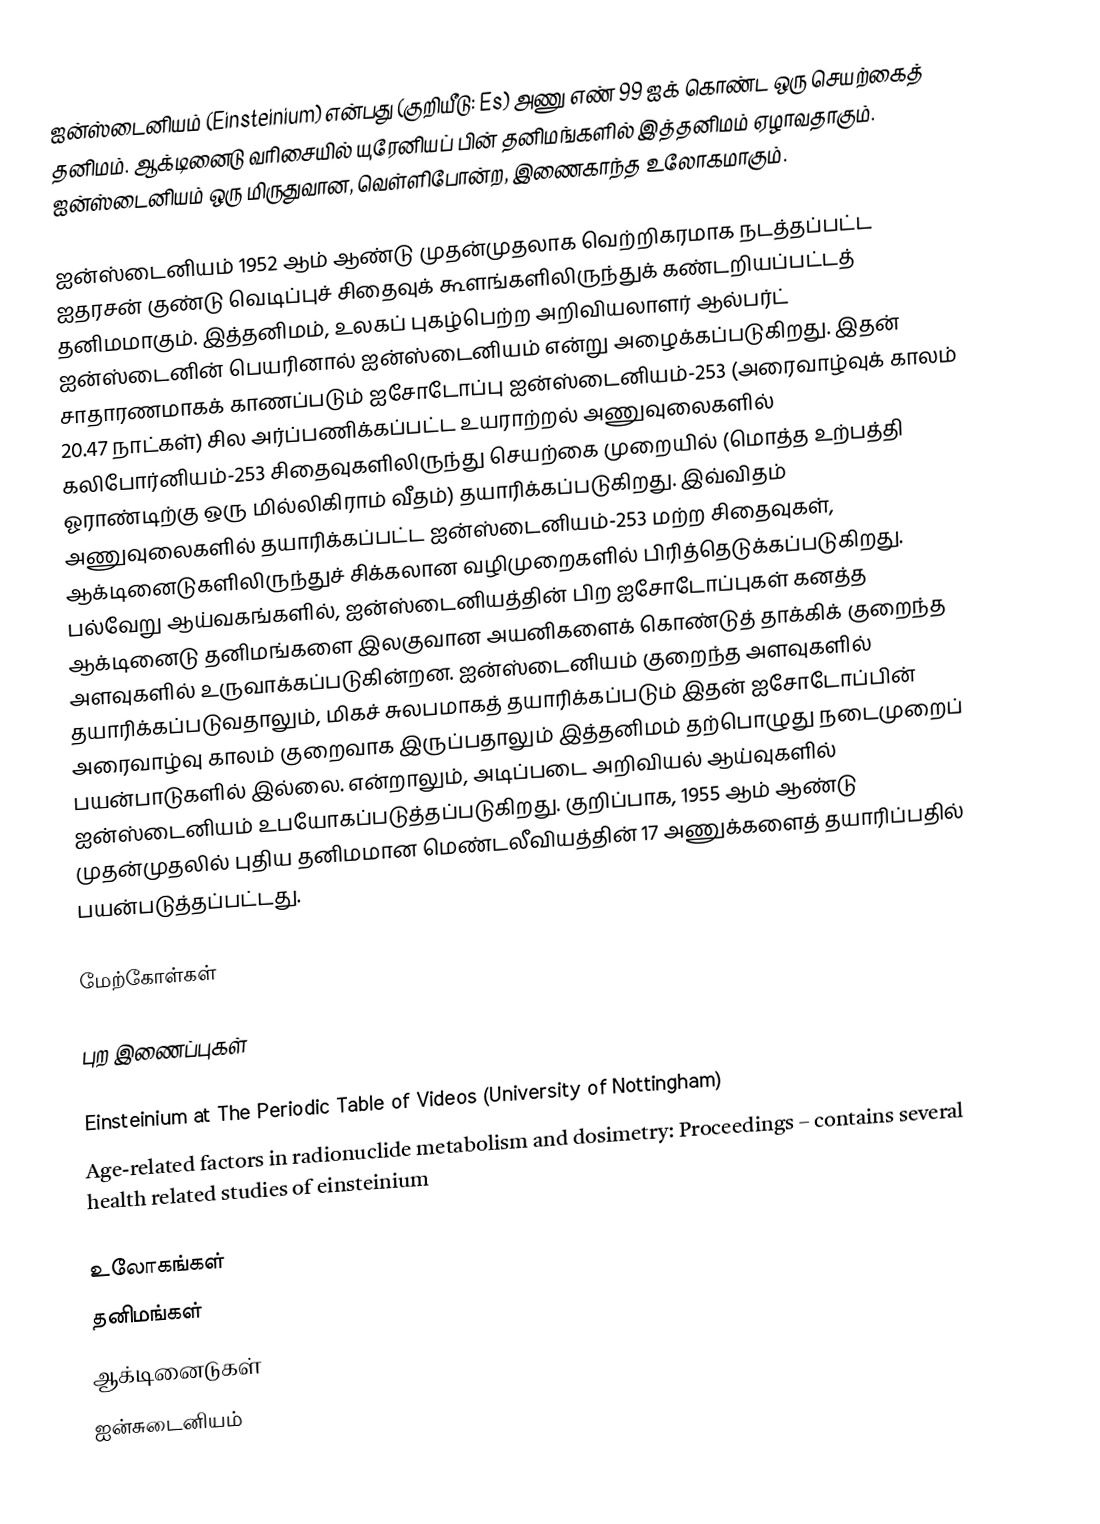
ஐன்ஸ்டைனியம் (Einsteinium) என்பது (குறியீடு: Es) அணு எண் 99 ஐக் கொண்ட ஒரு செயற்கைத் தனிமம். ஆக்டினைடு வரிசையில் யுரேனியப் பின் தனிமங்களில் இத்தனிமம் ஏழாவதாகும். ஐன்ஸ்டைனியம் ஒரு மிருதுவான, வெள்ளிபோன்ற, இணைகாந்த உலோகமாகும்.

ஐன்ஸ்டைனியம் 1952 ஆம் ஆண்டு முதன்முதலாக வெற்றிகரமாக நடத்தப்பட்ட ஐதரசன் குண்டு வெடிப்புச் சிதைவுக் கூளங்களிலிருந்துக் கண்டறியப்பட்டத் தனிமமாகும். இத்தனிமம், உலகப் புகழ்பெற்ற அறிவியலாளர் ஆல்பர்ட் ஐன்ஸ்டைனின் பெயரினால் ஐன்ஸ்டைனியம் என்று அழைக்கப்படுகிறது. இதன் சாதாரணமாகக் காணப்படும் ஐசோடோப்பு ஐன்ஸ்டைனியம்-253 (அரைவாழ்வுக் காலம் 20.47 நாட்கள்) சில அர்ப்பணிக்கப்பட்ட உயராற்றல் அணுவுலைகளில் கலிபோர்னியம்-253 சிதைவுகளிலிருந்து செயற்கை முறையில் (மொத்த உற்பத்தி ஓராண்டிற்கு ஒரு மில்லிகிராம் வீதம்) தயாரிக்கப்படுகிறது. இவ்விதம் அணுவுலைகளில் தயாரிக்கப்பட்ட ஐன்ஸ்டைனியம்-253 மற்ற சிதைவுகள், ஆக்டினைடுகளிலிருந்துச் சிக்கலான வழிமுறைகளில் பிரித்தெடுக்கப்படுகிறது. பல்வேறு ஆய்வகங்களில், ஐன்ஸ்டைனியத்தின் பிற ஐசோடோப்புகள் கனத்த ஆக்டினைடு தனிமங்களை இலகுவான அயனிகளைக் கொண்டுத் தாக்கிக் குறைந்த அளவுகளில் உருவாக்கப்படுகின்றன. ஐன்ஸ்டைனியம் குறைந்த அளவுகளில் தயாரிக்கப்படுவதாலும், மிகச் சுலபமாகத் தயாரிக்கப்படும் இதன் ஐசோடோப்பின் அரைவாழ்வு காலம் குறைவாக இருப்பதாலும் இத்தனிமம் தற்பொழுது நடைமுறைப் பயன்பாடுகளில் இல்லை. என்றாலும், அடிப்படை அறிவியல் ஆய்வுகளில் ஐன்ஸ்டைனியம் உபயோகப்படுத்தப்படுகிறது. குறிப்பாக, 1955 ஆம் ஆண்டு முதன்முதலில் புதிய தனிமமான மெண்டலீவியத்தின் 17 அணுக்களைத் தயாரிப்பதில் பயன்படுத்தப்பட்டது.

மேற்கோள்கள்

புற இணைப்புகள்

 Einsteinium at The Periodic Table of Videos (University of Nottingham)
 Age-related factors in radionuclide metabolism and dosimetry: Proceedings – contains several health related studies of einsteinium

உலோகங்கள்
தனிமங்கள்
ஆக்டினைடுகள்
ஐன்சுடைனியம்